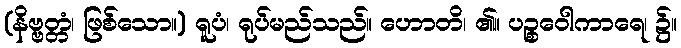
(နိဗ္ဗတ္တံ၊ ဖြစ်သော။) ရူပံ၊ ရုပ်မည်သည်။ ဟောတိ၊ ၏။ ပဉ္စဝေါကာရေ၊ ၌။